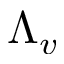
\Lambda _ { v }